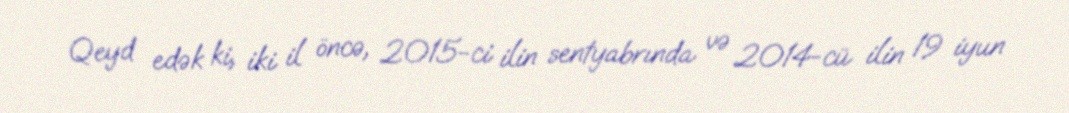
Qeyd edək ki, iki il öncə, 2015-ci ilin sentyabrında və 2014-cü ilin 19 iyun